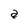
Character: a